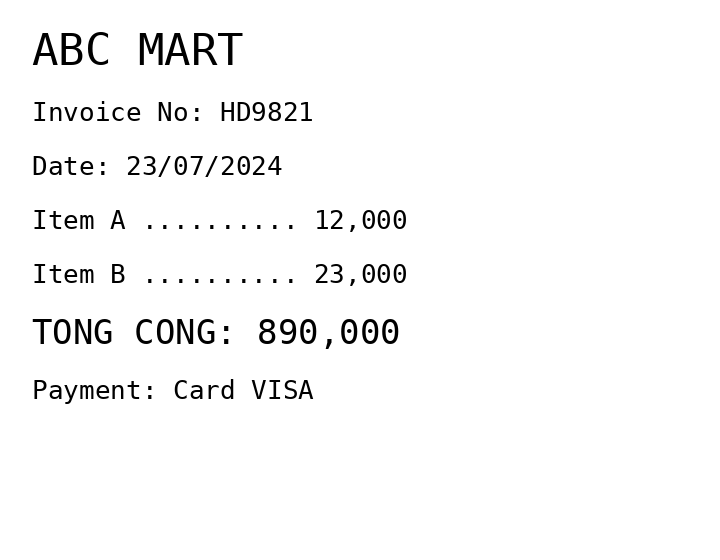
ABC MART
Invoice No: HD9821
Date: 23/07/2024
Item A .......... 12,000
Item B .......... 23,000
TONG CONG: 890,000
Payment: Card VISA
Merchant: abc mart
Date: 2024-07-23
Total: 890000
Invoice No: HD9821
Payment method: CARD